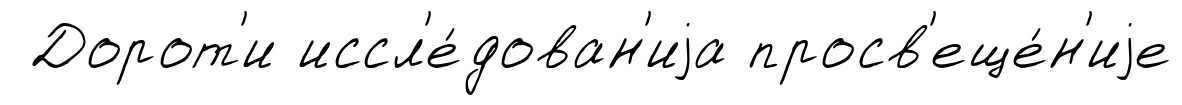
Дорот'и иссл'е́дован'иjа просв'еще́н'иjе